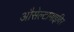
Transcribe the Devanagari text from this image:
औसेल्टामाइविर